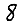
Digit: 8